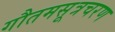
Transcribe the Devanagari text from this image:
गौतमसूत्रचरण